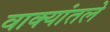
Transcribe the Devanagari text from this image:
वाक्यांतले